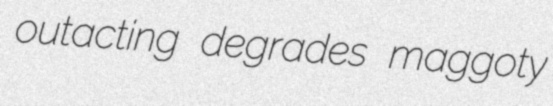
outacting degrades maggoty